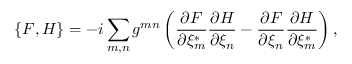
\{ F , H \} = - i \sum _ { m , n } g ^ { m n } \left( \frac { \partial F } { \partial \xi _ { m } ^ { * } } \frac { \partial H } { \partial \xi _ { n } } - \frac { \partial F } { \partial \xi _ { n } } \frac { \partial H } { \partial \xi _ { m } ^ { * } } \right) ,